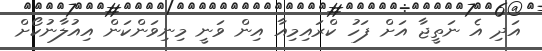
އަދި އެ ނަތީޖާ އަށް ފަހު ކްރައިމިއާ އިން ވަނީ މިނިވަންކަން އިއުލާނުކޯށް